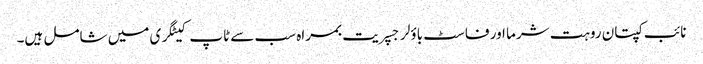
نائب کپتان روہت شرما اور فاسٹ باؤلر جسپریت بمراہ سب سے ٹاپ کیٹگری میں شامل ہیں۔